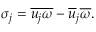
\sigma _ { j } = \overline { { u _ { j } \omega } } - \overline { { u } } _ { j } \overline { { \omega } } .